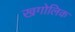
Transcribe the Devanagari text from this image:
खगोलिक